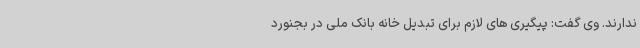
ندارند. وی گفت: پیگیری های لازم برای تبدیل خانه بانک ملی در بجنورد